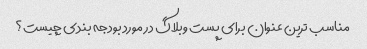
مناسب ترین عنوان برای پست وبلاگ در مورد بودجه بندی چیست؟